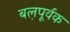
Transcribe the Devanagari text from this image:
बल़पूर्वक